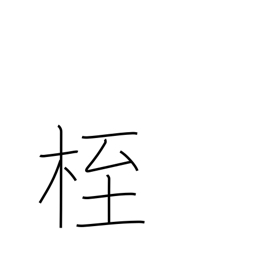
Meaning: fetters